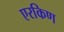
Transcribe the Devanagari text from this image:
एरकिण